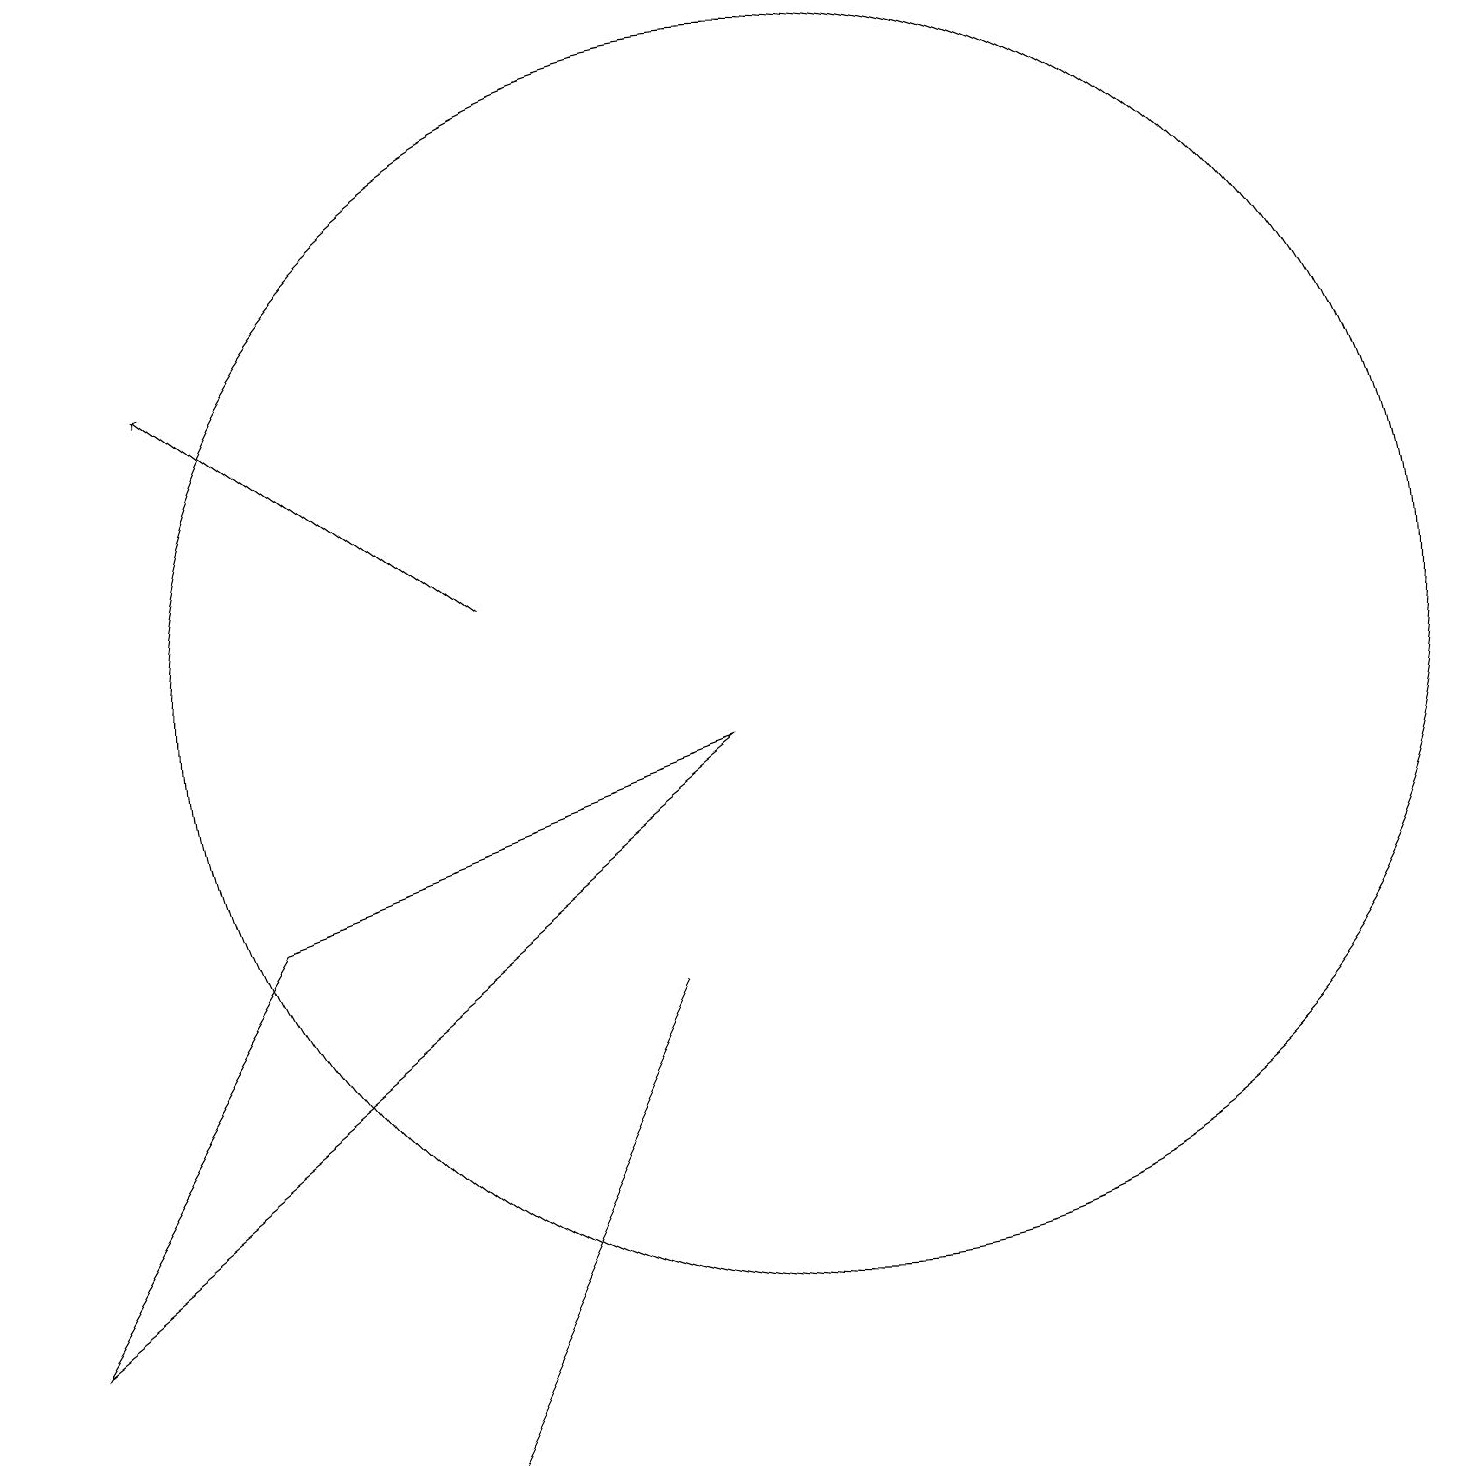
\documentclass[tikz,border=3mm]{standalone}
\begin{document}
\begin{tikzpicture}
\draw (10,10) circle (8);
\draw (8,6) -- (8,6) -- (5,0) -- cycle;
\draw[->] (6,11) -- (2,14);
\draw (9,9) -- (0,2) -- (3,7) -- cycle;
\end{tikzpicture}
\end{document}